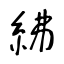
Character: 紼